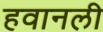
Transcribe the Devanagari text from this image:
हवानली